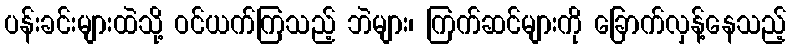
ပန်းခင်းများထဲသို့ ဝင်ယက်ကြသည့် ဘဲများ၊ ကြက်ဆင်များကို ခြောက်လှန့်နေသည့်